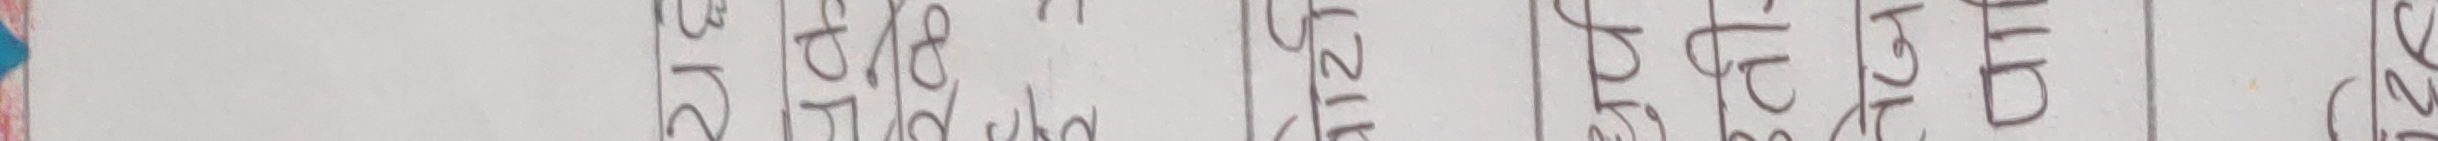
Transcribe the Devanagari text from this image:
एवं गलो दुई १६ २१५ २१६
कालो रङ साँझ टोपी पाती गोपी
काठ साधु १२ १४ २२५ २४६